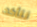
نتأكد